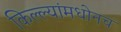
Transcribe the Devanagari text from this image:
किल्ल्यांमधोनच